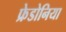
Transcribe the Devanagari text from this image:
फ्रेडोनिया